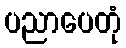
ပညာပေတုံ